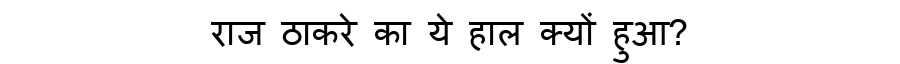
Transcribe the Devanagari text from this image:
राज ठाकरे का ये हाल क्यों हुआ?